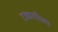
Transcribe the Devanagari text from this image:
टकागीला